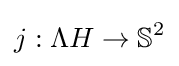
j:\Lambda H\to \mathbb {S} ^{2}